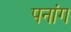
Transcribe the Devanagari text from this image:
पनांग